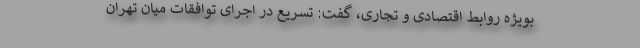
بویژه روابط اقتصادی و تجاری، گفت: تسریع در اجرای توافقات میان تهران